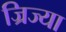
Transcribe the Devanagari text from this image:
ज्रिज्या